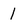
Character: l